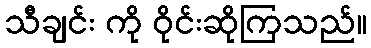
သီချင်း ကို ဝိုင်းဆိုကြသည်။